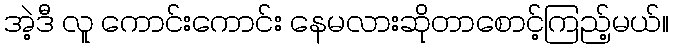
အဲ့ဒီ လူ ကောင်းကောင်း နေမလားဆိုတာစောင့်ကြည့်မယ်။